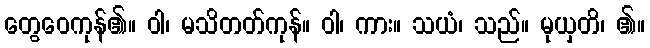
တွေဝေကုန်၏။ ဝါ၊ မသိတတ်ကုန်။ ဝါ၊ ကား။ သယံ၊ သည်။ မုယှတိ၊ ၏။